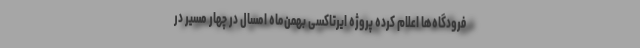
فرودگاه‌ها اعلام کرده پروژه ایرتاکسی بهمن‌ماه امسال در چهار مسیر در